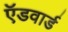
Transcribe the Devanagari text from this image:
ऍडवार्ड